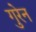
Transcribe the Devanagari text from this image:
गुरेन